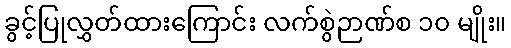
ခွင့်ပြုလွှတ်ထားကြောင်း လက်စွဲဉာဏ်စ ၁၀ မျိုး။